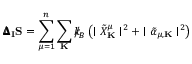
{ \pmb \Delta } _ { \bf I } { \bf S } = \sum _ { \mu = 1 } ^ { n } \sum _ { \bf K } { \slash \! \! \! k } _ { \! { B } } \left( \mid { \tilde { X } } _ { \bf K } ^ { \mu } \mid ^ { 2 } + \mid { \tilde { \alpha } } _ { \mu , { \bf K } } \mid ^ { 2 } \right)